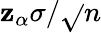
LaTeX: \mathbf{z}_{\alpha}\sigma/{\sqrt{}{{n}}}